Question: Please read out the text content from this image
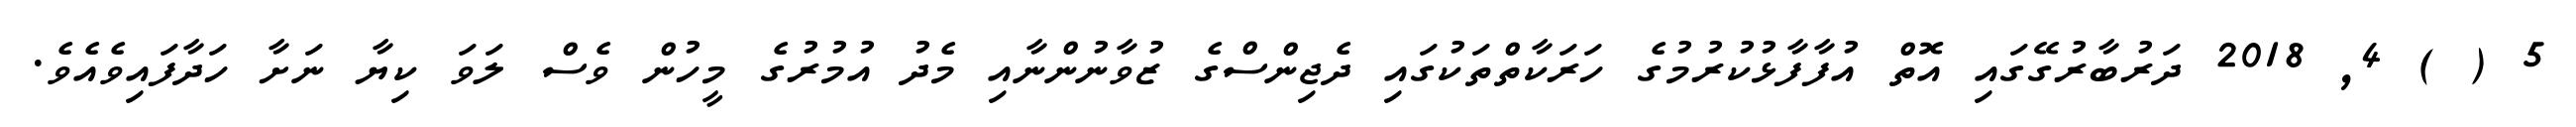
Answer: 5 ( ) 4, 2018 ދަރުބާރުގޭގައި އޮތް އުފާފާޅުކުރުމުގެ ހަރަކާތްތަކުގައި ދެޖިންސްގެ ޒުވާނުންނާއި މެދު އުމުރުގެ މީހުން ވެސް ލަވަ ކިޔާ ނަށާ ހަދާފައިވެއެވެ.